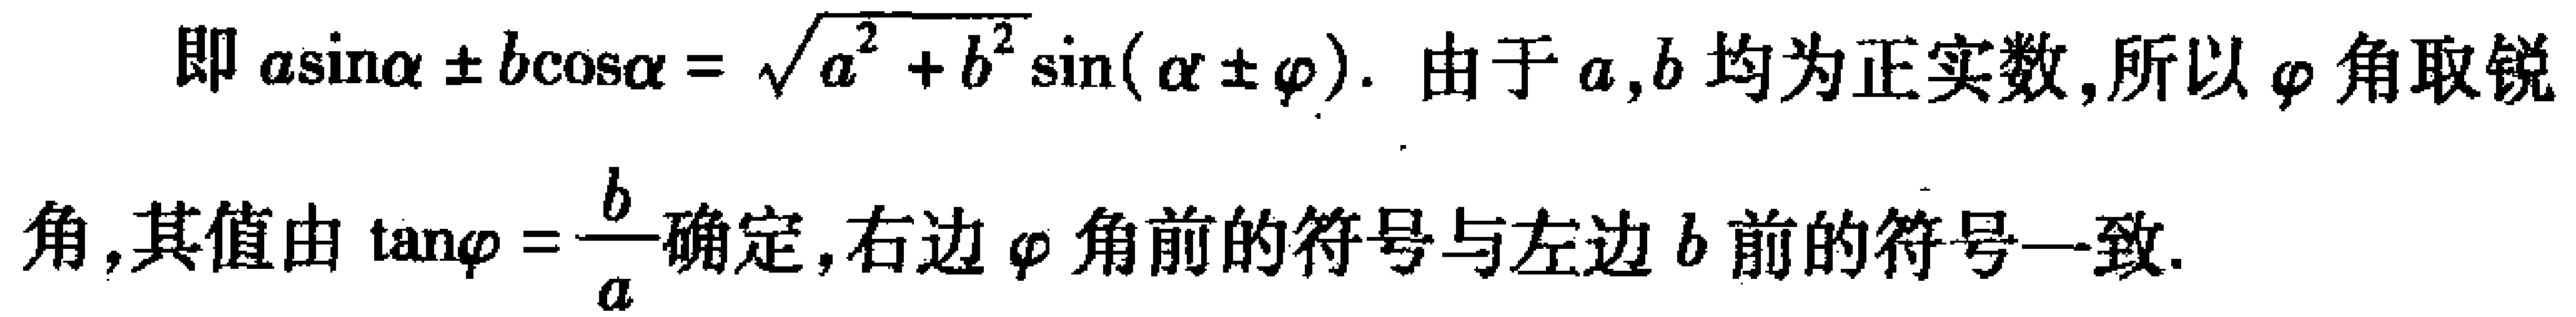
即\(a\sin\alpha \pm b\cos\alpha = \sqrt{a^{2} + b^{2}}\sin(\alpha \pm \varphi)\). 由于\(a,b\)均为正实数,所以\(\varphi\)角取锐
角,其值由\(\tan\varphi = \dfrac{b}{a}\)确定,右边\(\varphi\)角前的符号与左边\(b\)前的符号一致.